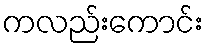
ကလည်းကောင်း